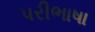
પરીભાષા